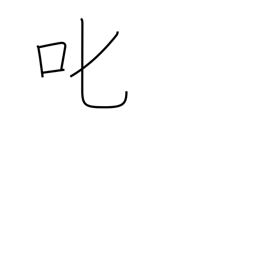
Meaning: reprove